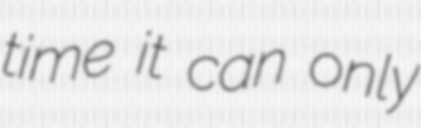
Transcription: time it can only